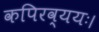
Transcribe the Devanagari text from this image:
कपिरव्ययः।